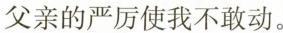
父亲的严厉使我不敢动。